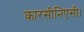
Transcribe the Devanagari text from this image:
कारसीनिएसी।